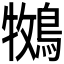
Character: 𮭁